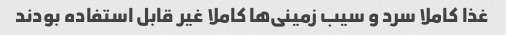
غذا کاملا سرد و سیب زمینی‌ها کاملا غیر قابل استفاده بودند